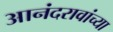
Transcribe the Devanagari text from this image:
आनंदरावांच्या